Annual report of the Bengal Veterinary College and of the Civil Veterinary Department, Bengal, for the year 1920-21 - 1920-1921
Year: 1920
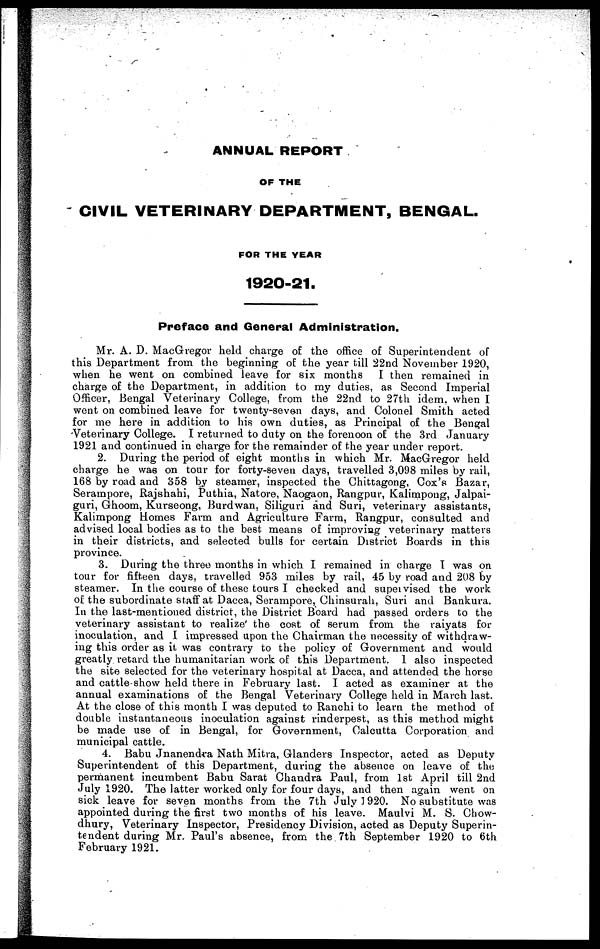
ANNUAL REPORT
OF THE
CIVIL VETERINARY DEPARTMENT, BENGAL.
FOR THE YEAR
1920-21.
Preface and General Administration.
Mr. A. D. MacGregor held charge of the office of Superintendent of
this Department from the beginning of the year till 22nd November 1920,
when he went on combined leave for six months I then remained in
charge of the Department, in addition to my duties, as Second Imperial
Officer, Bengal Veterinary College, from the 22nd to 27th idem. when I
went on combined leave for twenty-seven days, and Colonel Smith acted
for me here in addition to his own duties, as Principal of the Bengal
Veterinary College. I returned to duty on the forenoon of the 3rd January
1921 and continued in charge for the remainder of the year under report.
2. During the period of eight months in which Mr. MacGregor held
charge he was on tour for forty-seven days, travelled 3,098 miles by rail,
168 by road and 358 by steamer, inspected the Chittagong, Cox's Bazar,
Serampore, Rajshahi, Puthia, Natore, Naogaon, Rangpur, Kalimpong, Jalpai-
guri, Ghoom, Kurseong, Burdwan, Siliguri and Suri, veterinary assistants,
Kalimpong Homes Farm and Agriculture Farm, Rangpur, consulted and
advised local bodies as to the best means of improving veterinary matters
in their districts, and selected bulls for certain District Boards in this
province.
3. During the three months in which I remained in charge I was on
tour for fifteen days, travelled 953 miles by rail, 45 by road and 208 by
steamer. In the course of these tours I checked and supervised the work
of the subordinate staff at Dacca, Serampore, Chinsurah, Suri and Bankura.
In the last-mentioned district, the District Board had passed orders to the
veterinary assistant to realize the cost of serum from the raiyats for
inoculation, and I impressed upon the Chairman the necessity of withdraw-
ing this order as it was contrary to the policy of Government and would
greatly retard the humanitarian work of this Department. I also inspected
the site selected for the veterinary hospital at Dacca, and attended the horse
and cattle-show held there in February last. I acted as examiner at the
annual examinations of the Bengal Veterinary College held in March last.
At the close of this month I was deputed to Ranchi to learn the method of
double instantaneous inoculation against rinderpest, as this method might
be made use of in Bengal, for Government, Calcutta Corporation and
municipal cattle.
4. Babu Jnanendra Nath Mitra, Glanders Inspector, acted as Deputy
Superintendent of this Department, during the absence on leave of the
permanent incumbent Babu Sarat Chandra Paul, from 1st April till 2nd
July 1920. The latter worked only for four days, and then again went on
sick leave for seven months from the 7th July 1920. No substitute was
appointed during the first two months of his leave. Maulvi M. S. Chow-
dhury, Veterinary Inspector, Presidency Division, acted as Deputy Superin-
tendent during Mr. Paul's absence, from the 7th September 1920 to 6th
February 1921.